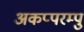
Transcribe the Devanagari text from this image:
अकप्परम्पु